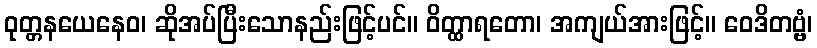
ဝုတ္တနယေနေဝ၊ ဆိုအပ်ပြီးသောနည်းဖြင့်ပင်။ ဝိတ္ထာရတော၊ အကျယ်အားဖြင့်။ ဝေဒိတဗ္ဗံ၊